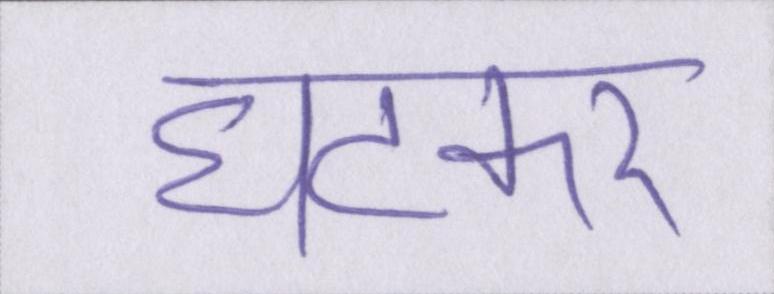
घटकर